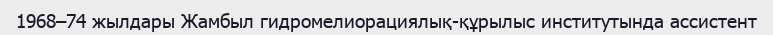
1968–74 жылдары Жамбыл гидромелиорациялық-құрылыс институтында ассистент